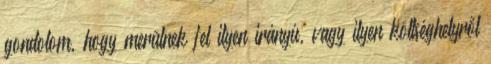
gondolom, hogy merülnek fel ilyen irányú, vagy ilyen költséghelyről